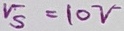
Text: V5=10V